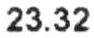
23.32